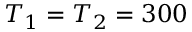
T _ { 1 } = T _ { 2 } = 3 0 0